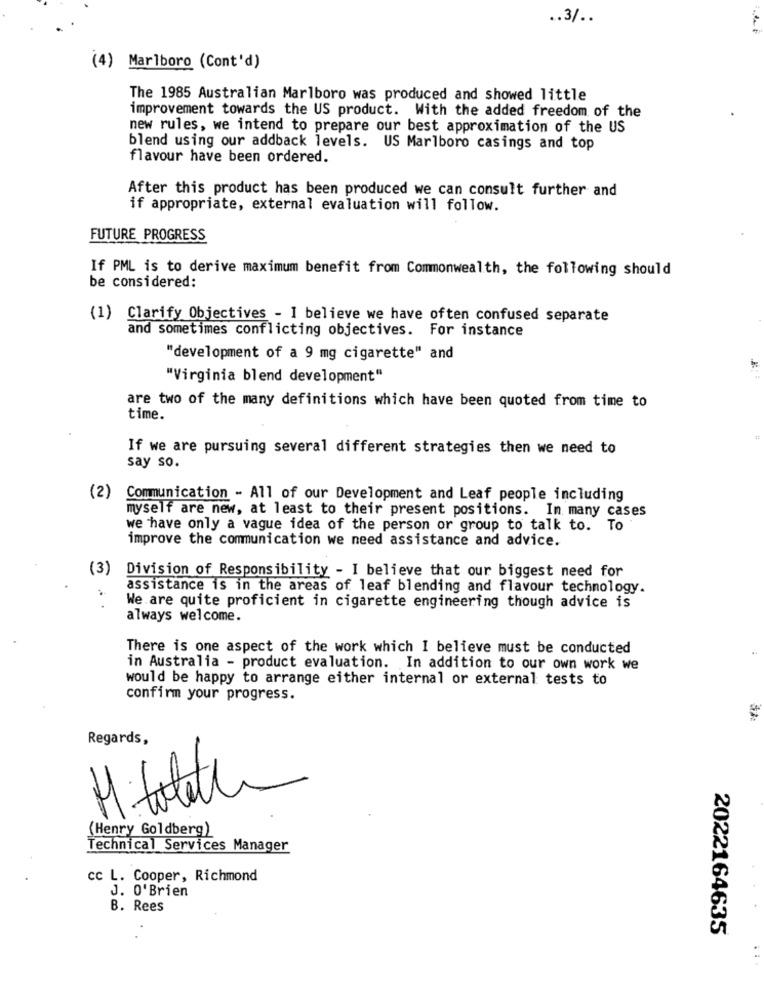
.. 3/ ..
(4) Marlboro (Cont'd)
The 1985 Australian Marlboro was produced and showed little
improvement towards the US product. With the added freedom of the
new rules, we intend to prepare our best approximation of the US
blend using our addback levels. US Marlboro casings and top
flavour have been ordered.
After this product has been produced we can consult further and
if appropriate, external evaluation will follow.
FUTURE PROGRESS
If PML is to derive maximum benefit from Commonwealth, the following should
be considered:
(1) Clarify Objectives - I believe we have often confused separate
and sometimes conflicting objectives. For instance
"development of a 9 mg cigarette" and
"Virginia blend development"
are two of the many definitions which have been quoted from time to
time.
If we are pursuing several different strategies then we need to
say so.
(2)
Communication - All of our Development and Leaf people including
myself are new, at least to their present positions. In many cases
we have only a vague idea of the person or group to talk to. To
improve the communication we need assistance and advice.
(3)
Division of Responsibility - I believe that our biggest need for
assistance is in the areas of leaf blending and flavour technology.
.
We are quite proficient in cigarette engineering though advice is
always welcome.
There is one aspect of the work which I believe must be conducted
in Australia - product evaluation. In addition to our own work we
would be happy to arrange either internal or external tests to
confirm your progress.
Regards,
(Henry Goldberg)
Technical Services Manager
cc L. Cooper, Richmond
J. O'Brien
B. Rees
2022164635